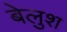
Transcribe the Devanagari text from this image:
बेलुश